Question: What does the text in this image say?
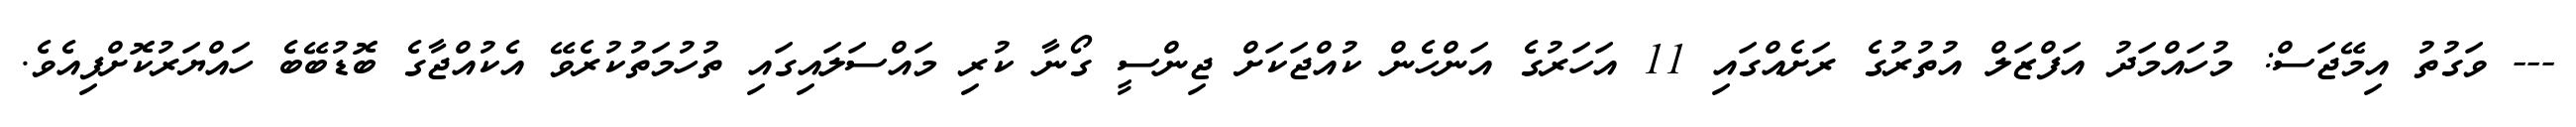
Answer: --- ވަގުތު އިމޭޖަސް: މުހައްމަދު އަފްޒަލް އުތުރުގެ ރަށެއްގައި 11 އަހަރުގެ އަންހެން ކުއްޖަކަށް ޖިންސީ ގޯނާ ކުރި މައްސަލައިގައި ތުހުމަތުކުރެވޭ އެކުއްޖާގެ ބޮޑުބޭބެ ހައްޔަރުކޮށްފިއެވެ.